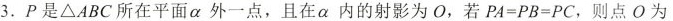
3.P是△ABC所在平面α外一点，且在α内的射影为O，若$$P A = P B = P C$$，则点O为